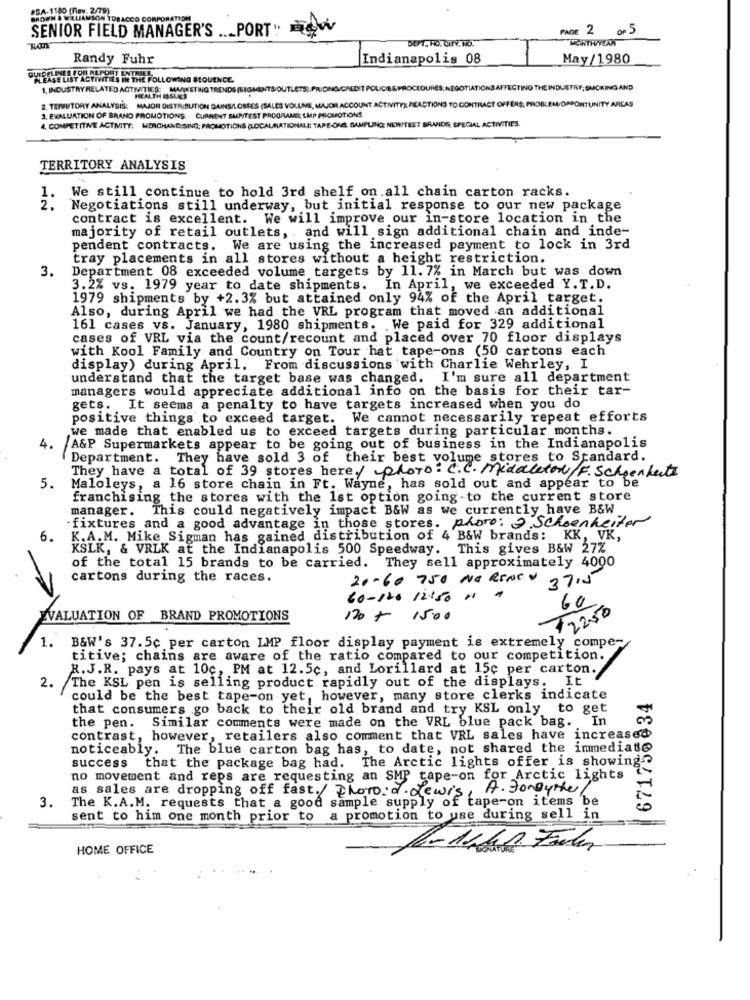
NATION
SENIOR FIELD MANAGER'S .._ PORT. W
PAGE 2 OF 5
DEPT. HO. CITY, NO.
WORTRIVERA
Randy Fuhr
Indianapolis 08
May/1980
TIVITIES IN THE FOLLOWING SEQUENCE.
1. INDUSTRYRELATED ACTIVITIES: MARKETING TRENDS (SEGMENTS/OUTLETS).PRICING/CREDIT POLICIES PROCEDURES, NEGOTIATIONS AFFECTING THE INDUSTRY; SMOKING AND
2. TEMUTORY ANALYSIS: MAJOR DISTRIBUTION GAINS/LOSSES (SALES VOLUME, MAJOR ACCOUNT ACTIVITY) REACTIONS TO CONTRACT OFFERS; PROBLEM/OPPORTUNITY ARCAS
HEALTH ISSUES
3. EVALUATION OF BRANO PROMOTIONS: CURRENT SUR/TEST PROGRAMS; LMP PROMOTIONS
4, COMPETITIVE ACTIVITY: MERCHANDISING; PROMOTIONS (LOCALNATIONALE: TAPE-ONE SAMPLING; NEWITEST BRANDS SPECIAL ACTIVITIES.
TERRITORY ANALYSIS
1.
We still continue to hold 3rd shelf on all chain carton racks.
2.
Negotiations still underway, but initial response to our new package
contract is excellent. We will improve our in-store location in the
majority of retail outlets, . and will sign additional chain and inde-
pendent contracts. We are using the increased payment to lock in 3rd
tray placements in all stores without a height restriction.
3.
Department 08 exceeded volume targets by 11. 7% in March but was down
3.2% vs. 1979 year to date shipments. In April, we exceeded Y. T.D.
1979 shipments by +2.3% but attained only 94% of the April target.
Also, during April we had the VRL program that moved an additional
161 cases vs. January, 1980 shipments. We paid for 329 additional
cases of VRL via the count/recount and placed over 70 floor displays
with Kool Family and Country on Tour hat tape-ons (50 cartons each
display) during April. From discussions with Charlie Wehrley, I
understand that the target base was changed. I'm sure all department
managers would appreciate additional info on the basis for their tar-
gets. It seems a penalty to have targets increased when you do
positive things to exceed target. We cannot necessarily repeat efforts
we made that enabled us to exceed targets during particular months.
4.
A&P Supermarkets appear to be going out of business in the Indianapolis
Department. They have sold 3 of their best volume stores to Standard.
They have a total of 39 stores here./ photo: C.C. Middleton/F. Schoenheits
5.
Maloleys, a 16 store chain in Ft. Wayne, has sold out and appear to be
franchising the stores with the 1st option going to the current store
manager. This could negatively impact B&W as we currently have B&W
.fixtures and a good advantage in those stores. phore: J Schoenheiter
6.
K.A.M. Mike Sigman has gained distribution of 4 B&W brands: KK, VK,
KSLK, & VRLK at the Indianapolis 500 Speedway. This gives B&W 27%
of the total 15 brands to be carried. They sell approximately 4000
cartons during the races.
20-60 750 NO RENEW
37.5
60-120 12150 "
60
$2250
WVALUATION OF BRAND PROMOTIONS
120 + 15:00
1.
B&W's 37.5c per carton LMP floor display payment is extremely compe-
titive; chains are aware of the ratio compared to our competition.
R.J.R. pays at 10c, PM at 12.5c, and Lorillard at 15c per carton.
The KSL pen is selling product rapidly out of the displays. It
2.
could be the best tape-on yet, however, many store clerks indicate
671750034
that consumers go back to their old brand and try KSL only to get
Similar comments were made on the VRL blue pack bag. In
the pen.
contrast, however, retailers also comment that VRL sales have increased
noticeably. The blue carton bag has, to date, not shared the immediate
success that the package bag had. The Arctic lights offer is showing .?
no movement and reps are requesting an SMP tape-on for Arctic lights
A. ForDythe
3.
as sales are dropping off fast./ Photo. d. dewis
The K.A.M. requests that a good sample supply of tape-on items be
sent to him one month prior to a promotion to use during sell in
HOME OFFICE
1-1har Fler